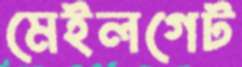
মেইলগেট